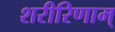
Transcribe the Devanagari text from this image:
शरीरिणाम्